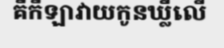
គឺកីឡាវាយកូនឃ្លីលើ